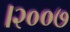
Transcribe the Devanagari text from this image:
।२००७